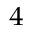
_ 4